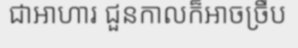
ជាអាហារ ជួនកាលក៏អាចច្រឹប